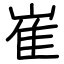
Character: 崔